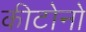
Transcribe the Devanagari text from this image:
कीटोनो